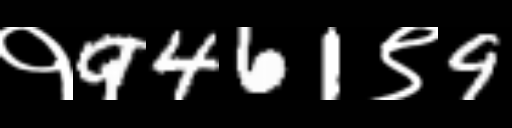
Text: १9461९9